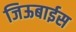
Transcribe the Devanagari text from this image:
जिऊबाईस